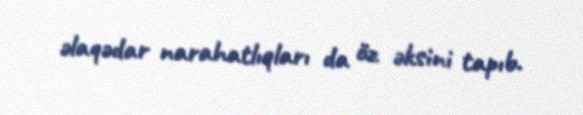
əlaqədar narahatlıqları da öz əksini tapıb.